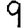
Digit: 9